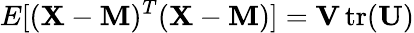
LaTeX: E[(\mathbf{X}-\mathbf{M})^{T}(\mathbf{X}-\mathbf{M})]=\mathbf{V}\operatorname{tr}(\mathbf{U})